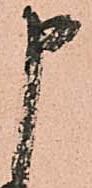
申